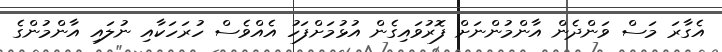
އެގާރަ މަސް ވަންދެން އާންމުންނަށް ފޮރުވައިގެން އުޅުމަށްފަހު އެއްވެސް ހުރަހަކާއި ނުލައި އާންމުންގެ